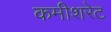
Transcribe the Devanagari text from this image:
कमीशरेट